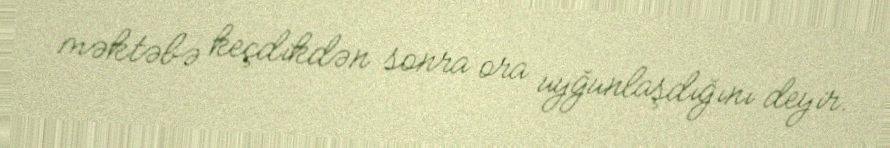
məktəbə keçdikdən sonra ora uyğunlaşdığını deyir.